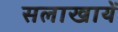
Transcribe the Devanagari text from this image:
सलाखायें